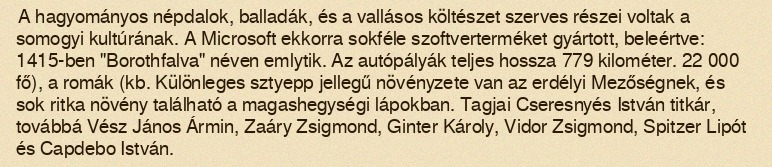
A hagyományos népdalok, balladák, és a vallásos költészet szerves részei voltak a somogyi kultúrának. A Microsoft ekkorra sokféle szoftverterméket gyártott, beleértve: 1415-ben "Borothfalva" néven emlytik. Az autópályák teljes hossza 779 kilométer. 22 000 fő), a romák (kb. Különleges sztyepp jellegű növényzete van az erdélyi Mezőségnek, és sok ritka növény található a magashegységi lápokban. Tagjai Cseresnyés István titkár, továbbá Vész János Ármin, Zaáry Zsigmond, Ginter Károly, Vidor Zsigmond, Spitzer Lipót és Capdebo István.